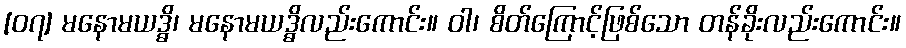
[၀၇] မနောမယဒ္ဓိ၊ မနောမယဒ္ဓိလည်းကောင်း။ ဝါ၊ စိတ်ကြောင့်ဖြစ်သော တန်ခိုးလည်းကောင်း။